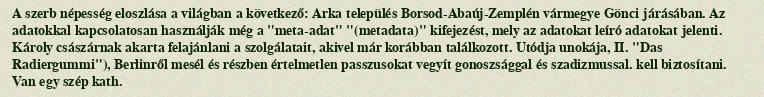
A szerb népesség eloszlása a világban a következő: Arka település Borsod-Abaúj-Zemplén vármegye Gönci járásában. Az adatokkal kapcsolatosan használják még a "meta-adat" "(metadata)" kifejezést, mely az adatokat leíró adatokat jelenti. Károly császárnak akarta felajánlani a szolgálatait, akivel már korábban találkozott. Utódja unokája, II. "Das Radiergummi"), Berlinről mesél és részben értelmetlen passzusokat vegyít gonoszsággal és szadizmussal. kell biztosítani. Van egy szép kath.